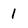
Character: 1